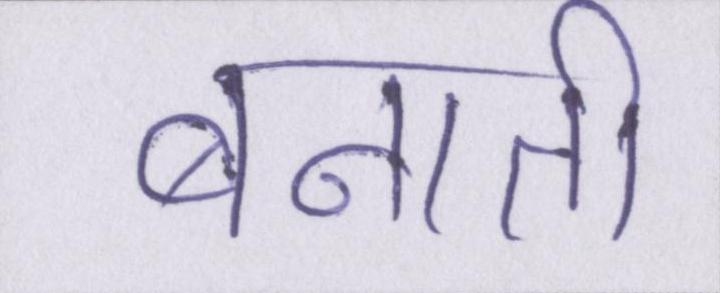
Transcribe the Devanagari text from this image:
बनाती